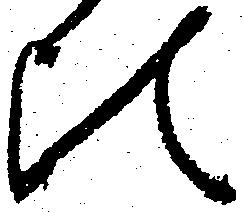
此